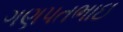
ગણપતભાઇ